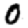
Digit: 0